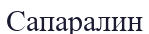
Сапаралин